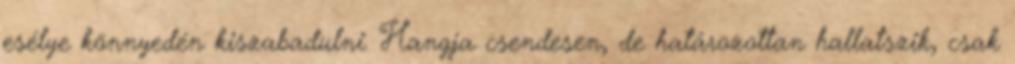
esélye könnyedén kiszabadulni. Hangja csendesen, de határozottan hallatszik, csak